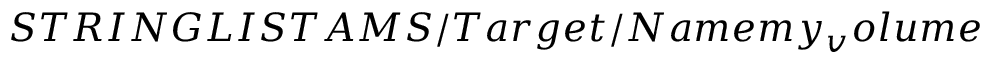
S T R I N G L I S T A M S / T a r g e t / N a m e m y _ { v } o l u m e